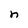
Character: n